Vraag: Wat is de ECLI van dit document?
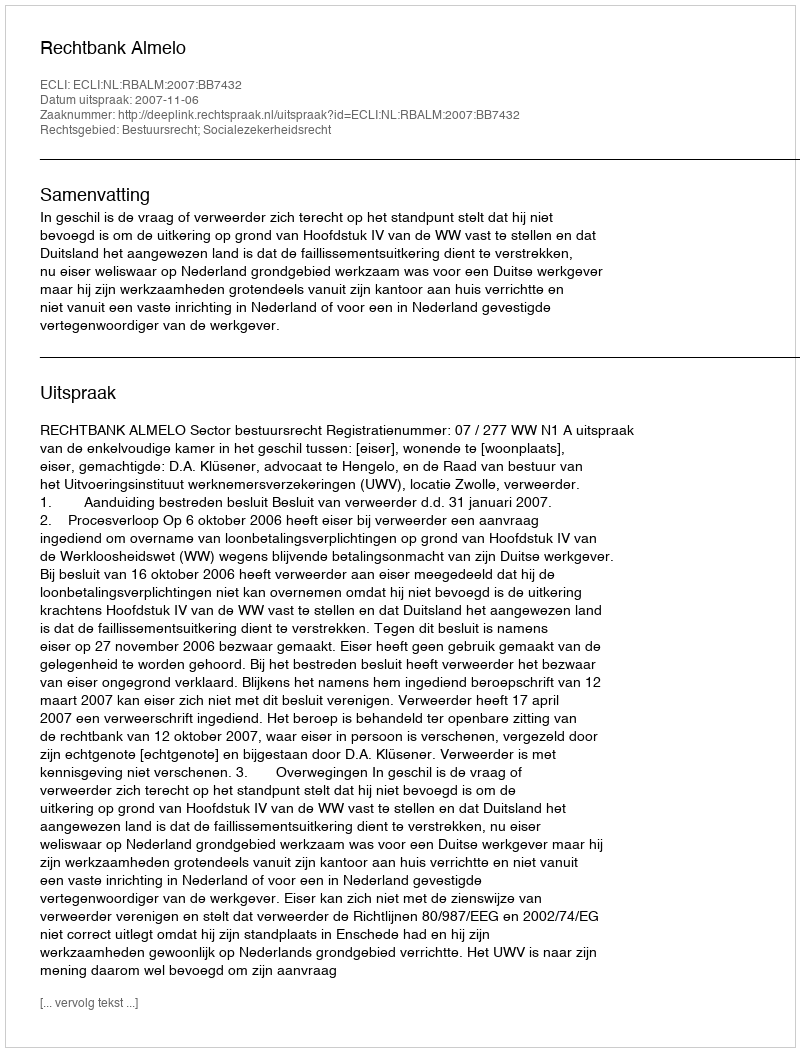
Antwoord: ECLI:NL:RBALM:2007:BB7432